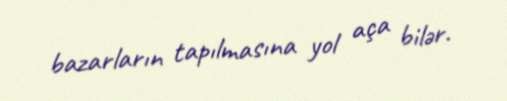
bazarların tapılmasına yol aça bilər.